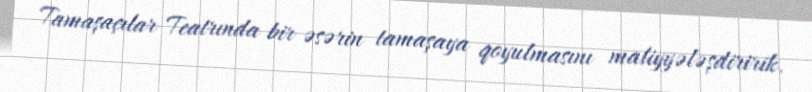
Tamaşaçılar Teatrında bir əsərin tamaşaya qoyulmasını maliyyələşdiririk.